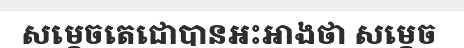
សម្តេចតេជោបានអះអាងថា សម្តេច